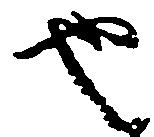
也